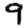
Digit: 9